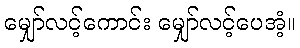
မျှော်လင့်ကောင်း မျှော်လင့်ပေအံ့။